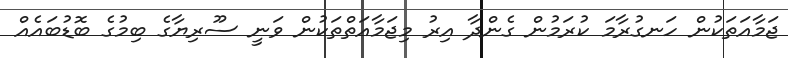
ޖަމާއަތަކުން ހަނގުރާމަ ކުރަމުން ގެންދާ އިރު މިޖަމާއަތްތަކުން ވަނީ ސޫރިޔާގެ ބިމުގެ ބޮޑުބައެއް